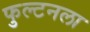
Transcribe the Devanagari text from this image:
फुल्टनला